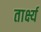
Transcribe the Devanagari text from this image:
तार्क्ष्य